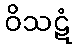
ဝိသဋံ